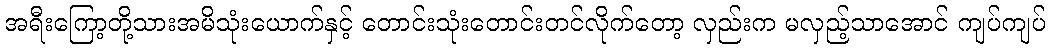
အရီးကြော့တို့သားအမိသုံးယောက်နှင့် တောင်းသုံးတောင်းတင်လိုက်တော့ လှည်းက မလှည့်သာအောင် ကျပ်ကျပ်